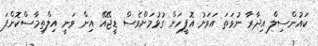
ކައުންސިލް އިދާރާ ނުވަތަ އަވަށު އޮފީހަށް ގުޅުމަށްވެސް ޑީޖޭއޭ އިން ވަނީ އިލްތިމާސްކޮށްފަ